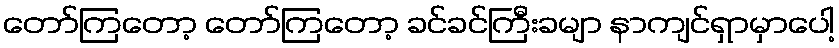
တော်ကြတော့ တော်ကြတော့ ခင်ခင်ကြီးခမျာ နာကျင်ရှာမှာပေါ့